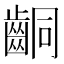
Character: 𪘍